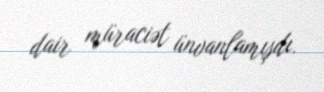
dair müraciət ünvanlamışdı.